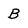
Character: B